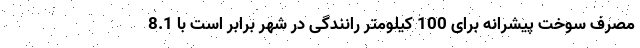
مصرف سوخت پیشرانه برای 100 کیلومتر رانندگی در شهر برابر است با 8.1